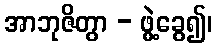
အာဘုဇိတွာ - ဖွဲ့ခွေ၍၊